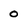
Character: 0